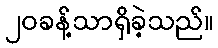
၂၀ခန့်သာရှိခဲ့သည်။